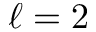
\ell = 2